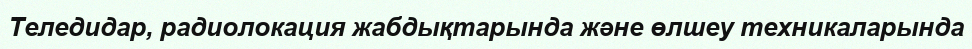
Теледидар, радиолокация жабдықтарында және өлшеу техникаларында